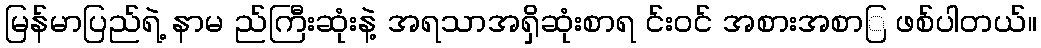
မြန်မာပြည်ရဲ့ နာမ ည်ကြီးဆုံးနဲ့ အရသာအရှိဆုံးစာရ င်းဝင် အစားအစာြ ဖစ်ပါတယ်။